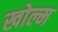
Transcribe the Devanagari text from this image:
खोल्म